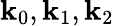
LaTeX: \textbf{k}_{0},\textbf{k}_{1},\textbf{k}_{2}